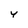
Character: y